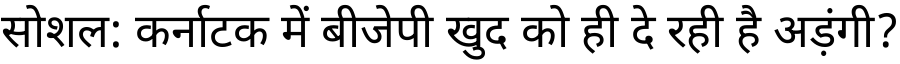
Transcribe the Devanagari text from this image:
सोशल: कर्नाटक में बीजेपी खुद को ही दे रही है अड़ंगी?